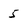
Character: 5